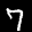
Label: 7